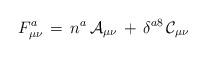
LaTeX: \begin{align*}F^a_{\mu \nu} \, = \, n^a \, \mathcal{A}_{\mu\nu} \, + \, \delta^{a8} \, \mathcal{C}_{\mu \nu}\end{align*}